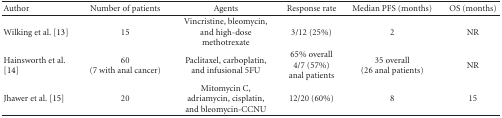
<table><thead><tr><td><b>Author</b></td><td><b>Number of patients</b></td><td><b>Agents</b></td><td><b>Response rate</b></td><td><b>Median PFS (months)</b></td><td><b>OS (months)</b></td></tr></thead><tbody><tr><td>Wilking et al. [13]</td><td>15</td><td>Vincristine, bleomycin, and high-dose methotrexate</td><td>3/12 (25%)</td><td>2</td><td>NR</td></tr><tr><td>Hainsworth et al. [14]</td><td>60 (7 with anal cancer)</td><td>Paclitaxel, carboplatin, and infusional 5FU</td><td>65% overall 4/7 (57%) anal patients</td><td>35 overall (26 anal patients)</td><td>NR</td></tr><tr><td>Jhawer et al. [15]</td><td>20</td><td>Mitomycin C, adriamycin, cisplatin, and bleomycin-CCNU</td><td>12/20 (60%)</td><td>8</td><td>15</td></tr></tbody></table>